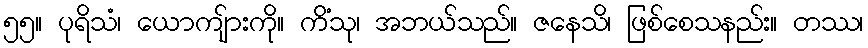
၅၅။ ပုရိသံ၊ ယောကျ်ားကို။ ကိံသု၊ အဘယ်သည်။ ဇနေသိ၊ ဖြစ်စေသနည်း။ တဿ၊